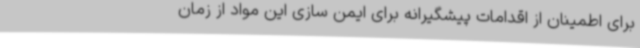
برای اطمینان از اقدامات پیشگیرانه برای ایمن سازی این مواد از زمان